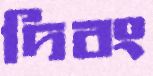
দিবং